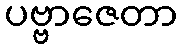
ပဗ္ဗာဇေတာ